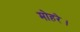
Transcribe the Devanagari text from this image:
मोहरे।